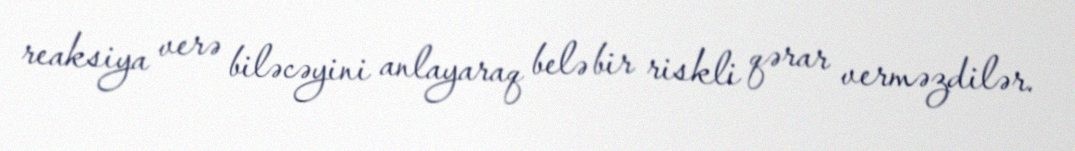
reaksiya verə biləcəyini anlayaraq belə bir riskli qərar verməzdilər.